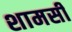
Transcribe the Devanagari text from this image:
शामसी